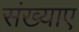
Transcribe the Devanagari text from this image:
संख्याए